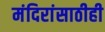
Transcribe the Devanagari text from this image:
मंदिरांसाठीही